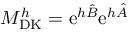
M _ { \mathrm { D K } } ^ { h } = \mathrm { e } ^ { h \hat { B } } \mathrm { e } ^ { h \hat { A } }